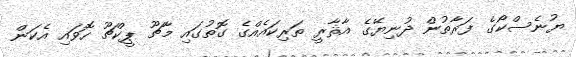
ޔުނެސްކޯގެ ފަރާތުން ދުނިޔޭގެ އާޘާރީ ތަރިކައެއްގެ ގޮތުގައި މާޗޫ ޕީކްޗޫ ހޮވައި އެކަން